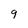
Character: 9